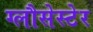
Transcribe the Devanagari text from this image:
ग्लौसेस्टेर